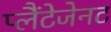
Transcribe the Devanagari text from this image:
प्लैंटेजेनट